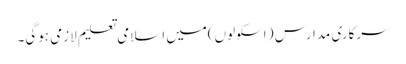
سرکاری مدارس ( اسکولوں)میں اسلامی تعلیم لازمی ہوگی۔